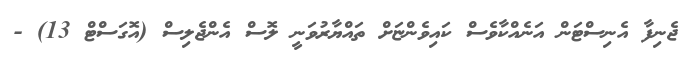
ޖެނިފާ އެނިސްޓަން އަނެއްކާވެސް ކައިވެންޏަށް ތައްޔާރުވަނީ ލޮސް އެންޖެލިސް (އޮގަސްޓް 13) -